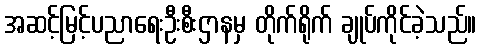
အဆင့်မြင့်ပညာရေးဦးစီးဌာနမှ တိုက်ရိုက် ချုပ်ကိုင်ခဲ့သည်။